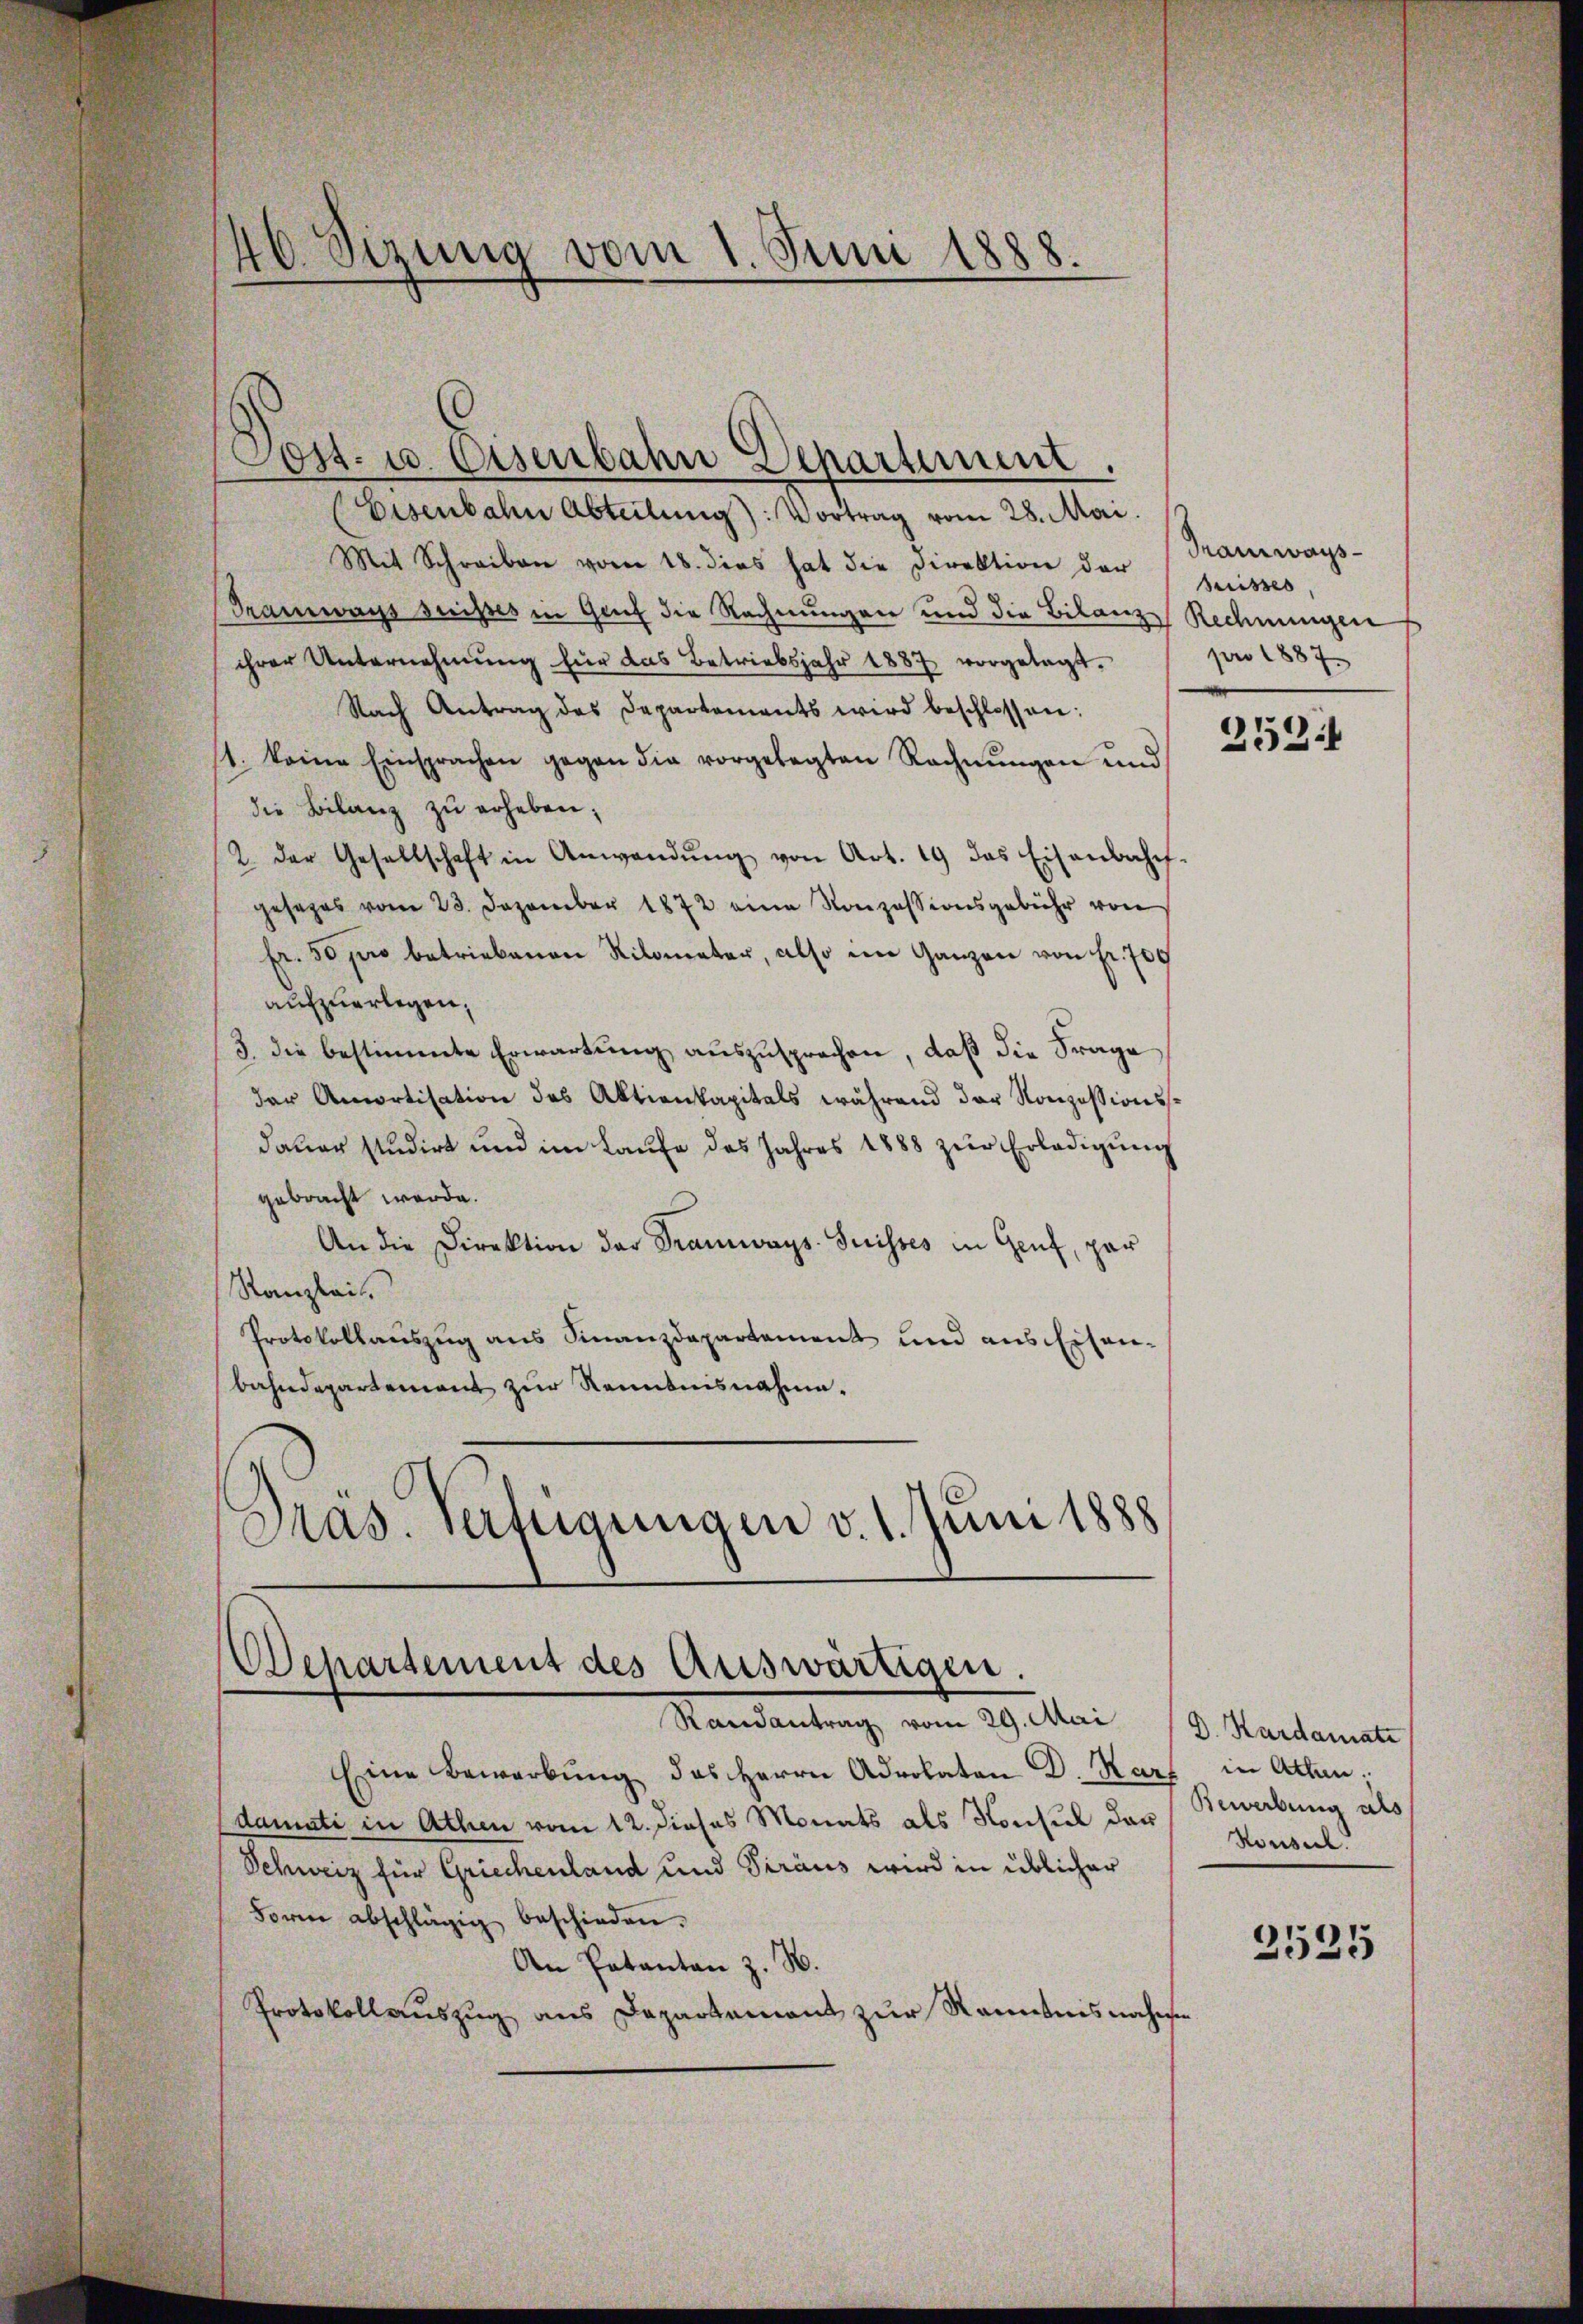
46 Sizung vom 1. Juni 1888.

Mit Schreiben vom 18. dies hat die Direktion der
Tramways suisses in Genf die Rechnungen und die Bilanze Rechnungen
ihrer Unternehmung für das Betriebsjahr 1887 vorgelegt.
Nach Antrag des Departements wird beschlossen:
1. keine Einsprachen gegen die vorgelegten Rechnŭngen und
die Bilanz zŭ erheben;
2. der Gesellschaft in Anwendŭng von Art. 19 das Eisenbahn-
gesezes vom 23. Dezember 1872 eine Konzessionsgebühr von
Fr. 50 pro betriebenen Kilometer, also im Ganzen von fr. 709
aufzuerlegen,
3. die bestimmte Erwartung auszusprechen, daß die Frage
der Amortisation des Aktienkapitals während der Konzessionsdauer studirt und im Laufe des Jahres 1888 zur Erledigung
gebracht werde.
An die Direktion der Tramways-Suisses in Genf, par
Kanzlei
Protokollauszug aus Finanzdepartement und aus Eisen-
bahndepartement zur Renntnisnahme.
Präs. Verfügungen v. 1. Juni 1888

ost- u. Eisenbahn Departement.
Eisenbahn Abteilung: Vortrag vom 28. Mai.

Departement des Auswärtigen.
Randantrag vom 29. Mai

Eine Bewerbung des Herrn Advokaten D. Karf in Athan;
Edamati in Athen vom 12. dieses Monats als Konsul des Bewerbung als
Schweiz für Griechenland und Siraus wird in üblicher
Form abschlägig beschieden.
An Patantan z. B.
Protokollauszug aus Departement zur Kenntnisnahmen

Tramways
Suisses
pro 1887.

2591

D. Kardamnate
Konseil.

2525